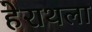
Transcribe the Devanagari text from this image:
हेराथला